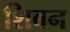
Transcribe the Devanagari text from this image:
शिबन